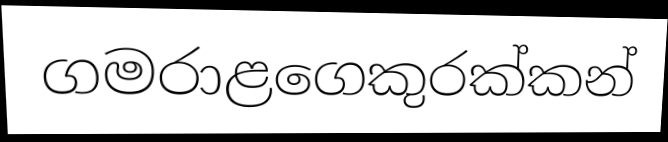
ගමරාළගෙකුරක්කන්